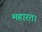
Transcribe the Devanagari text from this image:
महारत।